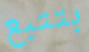
بتتبع